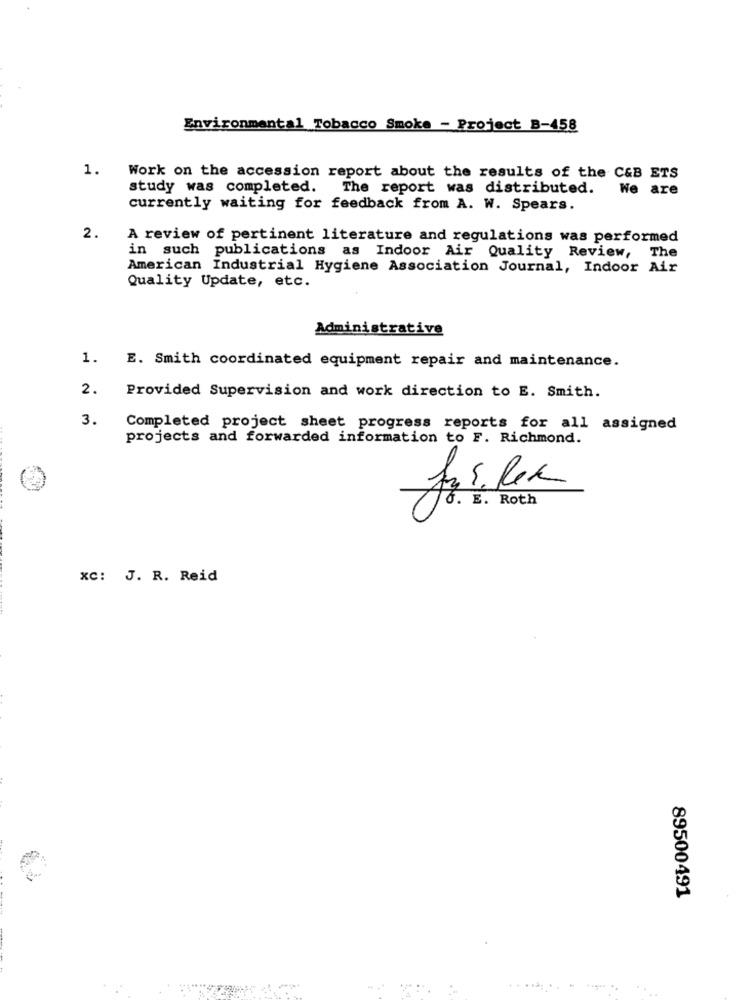
Environmental Tobacco Smoke - Project B-458
1.
Work on the accession report about the results of the C&B ETS
study was completed. The report was distributed.
We are
currently waiting for feedback from A. W. Spears.
2.
A review of pertinent literature and regulations was performed
in such publications as Indoor Air Quality Review, The
American Industrial Hygiene Association Journal, Indoor Air
Quality Update, etc.
Administrative
1.
E. Smith coordinated equipment repair and maintenance.
2.
Provided Supervision and work direction to E. Smith.
3.
Completed project sheet progress reports for all assigned
projects and forwarded information to F. Richmond.
Fr. E. Roth
XC: J. R. Reid
89500491